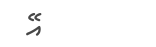
އޭ